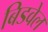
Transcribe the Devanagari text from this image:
बिडवेल